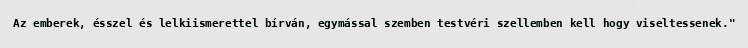
Az emberek, ésszel és lelkiismerettel bírván, egymással szemben testvéri szellemben kell hogy viseltessenek."